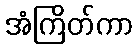
အံကြိတ်ကာ